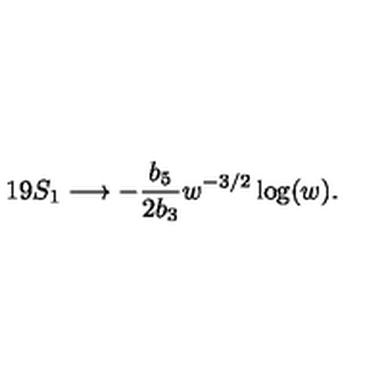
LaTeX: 1 9 S _ { 1 } \longrightarrow - \frac { b _ { 5 } } { 2 b _ { 3 } } w ^ { - 3 / 2 } \log ( w ) .